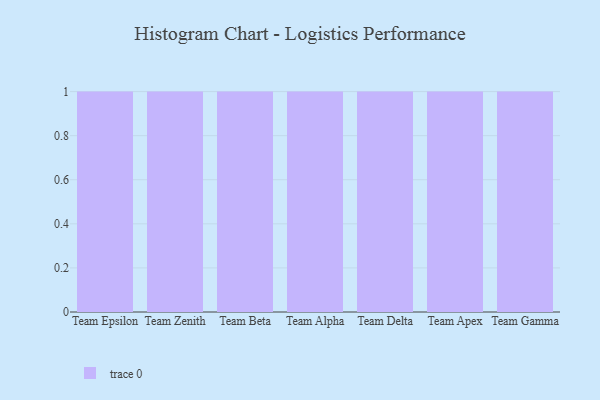
{"axis": {"x": "Team", "y": "Temperature (°C)"}, "legend": [""], "data": [{"x": "Team Epsilon", "y": 96, "type": ""}, {"x": "Team Zenith", "y": 32, "type": ""}, {"x": "Team Beta", "y": 39, "type": ""}, {"x": "Team Alpha", "y": 68, "type": ""}, {"x": "Team Delta", "y": 92, "type": ""}, {"x": "Team Apex", "y": 40, "type": ""}, {"x": "Team Gamma", "y": 37, "type": ""}]}